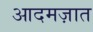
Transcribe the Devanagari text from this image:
आदमज़ात